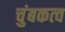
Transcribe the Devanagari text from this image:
चुंबकत्‍व